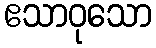
ဧသာဝုသော